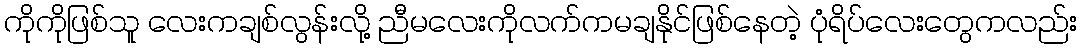
ကိုကိုဖြစ်သူ လေးကချစ်လွန်းလို့ ညီမလေးကိုလက်ကမချနိုင်ဖြစ်နေတဲ့ ပုံရိပ်လေးတွေကလည်း